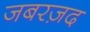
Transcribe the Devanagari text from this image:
जबरज़द